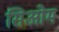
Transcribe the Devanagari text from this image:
सिओम